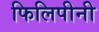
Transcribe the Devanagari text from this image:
फिलिपीनी